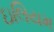
ઇલિયમ